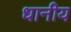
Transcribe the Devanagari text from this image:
धानीय